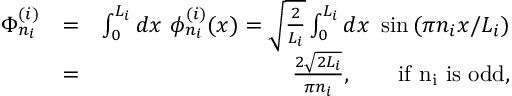
\begin{array} { r l r } { \Phi _ { n _ { i } } ^ { ( i ) } } & { = } & { \int _ { 0 } ^ { L _ { i } } d x \ \phi _ { n _ { i } } ^ { ( i ) } ( x ) = \sqrt { \frac { 2 } { L _ { i } } } \int _ { 0 } ^ { L _ { i } } d x \ \sin { ( \pi n _ { i } x / L _ { i } ) } } \\ & { = } & { \frac { 2 \sqrt { 2 L _ { i } } } { \pi n _ { i } } , \quad \quad \mathrm { i f ~ n _ i ~ i s ~ o d d } , } \end{array}